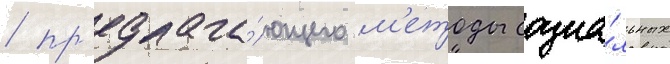
/ пр'едлага́ющего м'етоды социа́льных